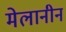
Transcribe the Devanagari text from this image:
मेलानीन